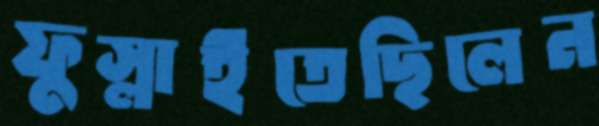
ফুস্‌লাইতেছিলেন